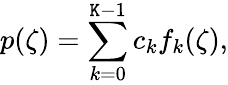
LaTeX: p(\zeta)=\sum_{k=0}^{\mathtt{K}-1}c_{k}f_{k}(\zeta),